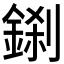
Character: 𮢎